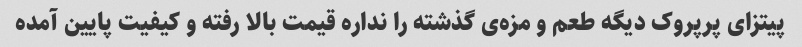
پیتزای پرپروک دیگه طعم و مزه‌ی گذشته را نداره قیمت بالا رفته و کیفیت پایین آمده